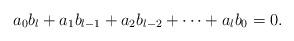
LaTeX: \begin{align*}a_{0}b_{l}+a_{1}b_{l-1}+a_{2}b_{l-2}+\cdots+a_{l}b_{0} = 0.\end{align*}